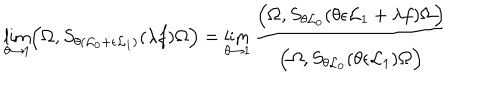
\lim _ { \theta \to 1 } \Bigl ( \Omega , S _ { \theta ( { \cal L } _ { 0 } + \epsilon { \cal L } _ { 1 } ) } ( \lambda f ) \Omega \Bigr ) = \lim _ { \theta \to 1 } \frac { \Bigl ( \Omega , S _ { \theta { \cal L } _ { 0 } } ( \theta \epsilon { \cal L } _ { 1 } + \lambda f ) \Omega \Bigr ) } { \Bigl ( \Omega , S _ { \theta { \cal L } _ { 0 } } ( \theta \epsilon { \cal L } _ { 1 } ) \Omega \Bigr ) }